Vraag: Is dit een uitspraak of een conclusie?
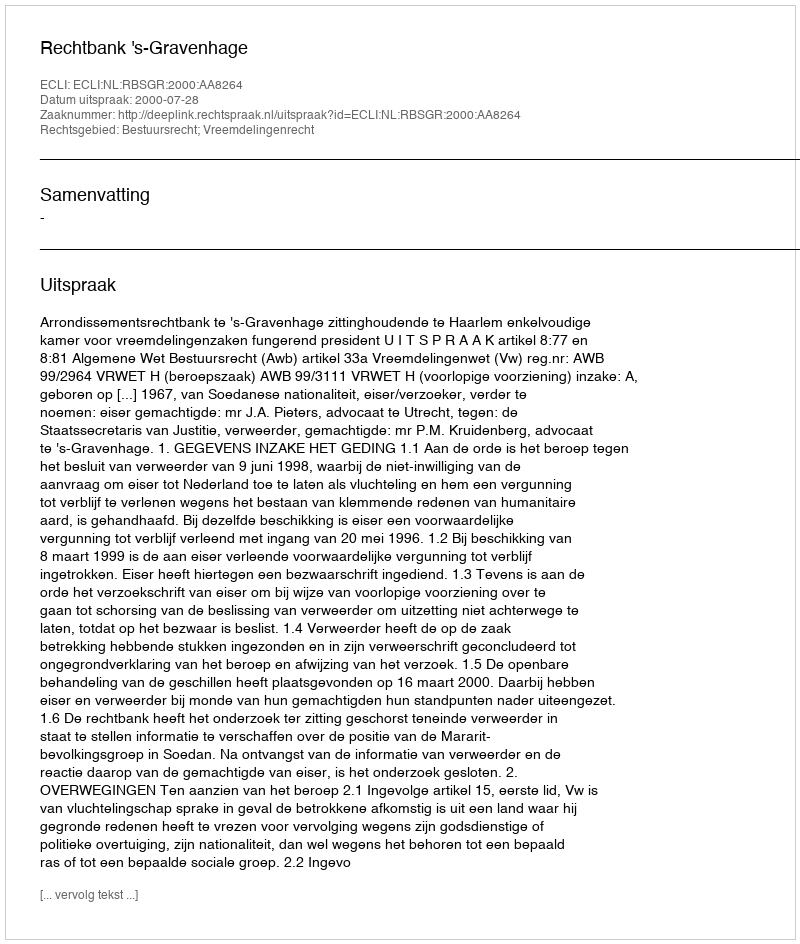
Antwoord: Uitspraak